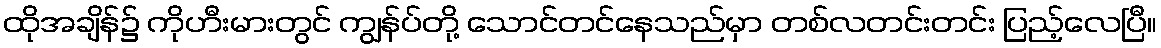
ထိုအချိန်၌ ကိုဟီးမားတွင် ကျွန်ပ်တို့ သောင်တင်နေသည်မှာ တစ်လတင်းတင်း ပြည့်လေပြီ။